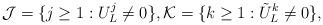
LaTeX: \begin{align*}\mathcal J = \{ j \geq 1 : U^j_L \neq 0 \}, \mathcal K = \{ k \geq 1: \tilde U^k_L \neq 0 \},\end{align*}